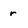
Character: r